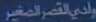
بديل القصر المغير